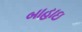
બાહાઇ